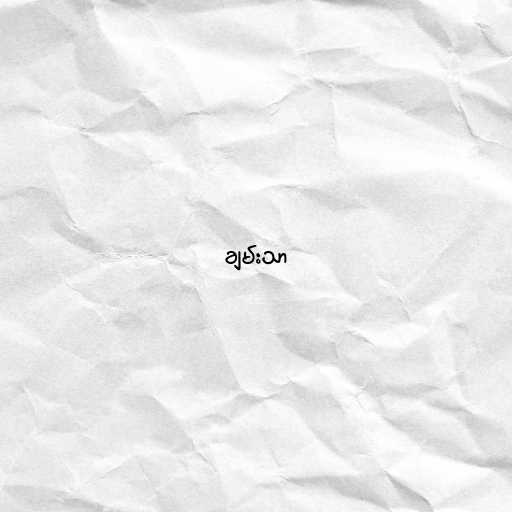
ချမ်းသာ